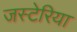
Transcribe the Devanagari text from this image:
जस्टेरिया